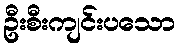
ဦးစီးကျင်းပသော